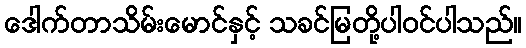
ဒေါက်တာသိမ်းမောင်နှင့် သခင်မြတို့ပါဝင်ပါသည်။